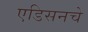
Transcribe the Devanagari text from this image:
एडिसनचे